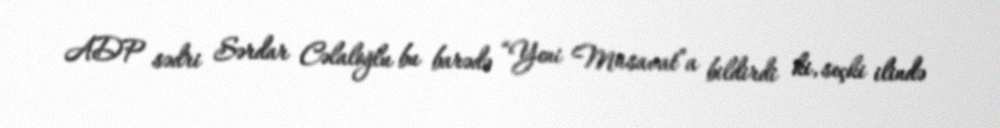
ADP sədri Sərdar Cəlaloğlu bu barədə “Yeni Müsavat”a bildirdi ki, seçki ilində